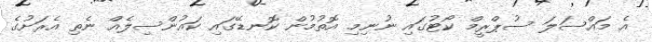
އެ މައްސަލަ ސުޕްރީމް ކޯޓުގައި ނުނިމި އޮތުމުން ކޮނޑޭގައި ކައުންސިލެއް ނެތި އެރަށުގެ